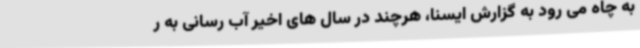
به چاه می رود به گزارش ایسنا، هرچند در سال های اخیر آب رسانی به ر